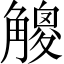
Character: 𧤸